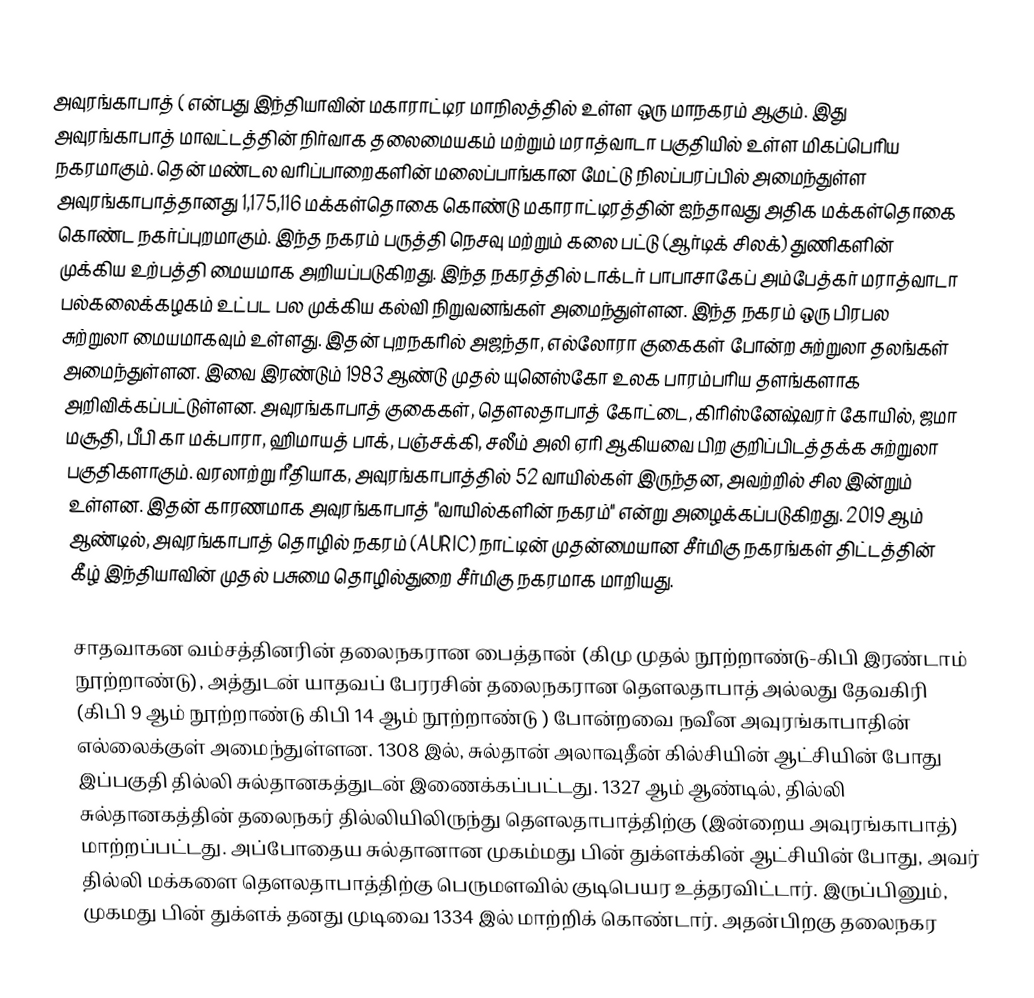
அவுரங்காபாத் (   என்பது இந்தியாவின் மகாராட்டிர மாநிலத்தில் உள்ள ஒரு மாநகரம் ஆகும். இது அவுரங்காபாத் மாவட்டத்தின் நிர்வாக தலைமையகம் மற்றும் மராத்வாடா பகுதியில் உள்ள மிகப்பெரிய நகரமாகும்.  தென் மண்டல வரிப்பாறைகளின் மலைப்பாங்கான மேட்டு நிலப்பரப்பில் அமைந்துள்ள அவுரங்காபாத்தானது 1,175,116 மக்கள்தொகை கொண்டு மகாராட்டிரத்தின் ஐந்தாவது அதிக மக்கள்தொகை கொண்ட நகர்ப்புறமாகும். இந்த நகரம் பருத்தி நெசவு மற்றும் கலை பட்டு (ஆர்டிக் சிலக்) துணிகளின் முக்கிய உற்பத்தி மையமாக அறியப்படுகிறது. இந்த நகரத்தில் டாக்டர் பாபாசாகேப் அம்பேத்கர் மராத்வாடா பல்கலைக்கழகம் உட்பட பல முக்கிய கல்வி நிறுவனங்கள் அமைந்துள்ளன. இந்த நகரம் ஒரு பிரபல சுற்றுலா மையமாகவும் உள்ளது. இதன் புறநகரில் அஜந்தா, எல்லோரா குகைகள் போன்ற சுற்றுலா தலங்கள் அமைந்துள்ளன. இவை இரண்டும் 1983  ஆண்டு முதல் யுனெஸ்கோ உலக பாரம்பரிய தளங்களாக அறிவிக்கப்பட்டுள்ளன. அவுரங்காபாத் குகைகள், தௌலதாபாத் கோட்டை, கிரிஸ்னேஷ்வரர் கோயில், ஜமா மசூதி, பீபி கா மக்பாரா, ஹிமாயத் பாக், பஞ்சக்கி, சலீம் அலி ஏரி ஆகியவை பிற குறிப்பிடத்தக்க சுற்றுலா பகுதிகளாகும். வரலாற்று ரீதியாக, அவுரங்காபாத்தில் 52 வாயில்கள் இருந்தன, அவற்றில் சில இன்றும் உள்ளன. இதன் காரணமாக அவுரங்காபாத் "வாயில்களின் நகரம்" என்று அழைக்கப்படுகிறது. 2019 ஆம் ஆண்டில், அவுரங்காபாத் தொழில் நகரம் (AURIC) நாட்டின் முதன்மையான சீர்மிகு நகரங்கள் திட்டத்தின் கீழ் இந்தியாவின் முதல் பசுமை தொழில்துறை சீர்மிகு  நகரமாக மாறியது.

சாதவாகன வம்சத்தினரின் தலைநகரான பைத்தான் (கிமு முதல் நூற்றாண்டு-கிபி இரண்டாம் நூற்றாண்டு), அத்துடன் யாதவப் பேரரசின் தலைநகரான தௌலதாபாத் அல்லது தேவகிரி (கிபி 9 ஆம் நூற்றாண்டு கிபி 14 ஆம் நூற்றாண்டு ) போன்றவை நவீன அவுரங்காபாதின் எல்லைக்குள் அமைந்துள்ளன. 1308 இல், சுல்தான் அலாவுதீன் கில்சியின் ஆட்சியின் போது இப்பகுதி தில்லி சுல்தானகத்துடன் இணைக்கப்பட்டது. 1327 ஆம் ஆண்டில், தில்லி சுல்தானகத்தின் தலைநகர் தில்லியிலிருந்து தௌலதாபாத்திற்கு (இன்றைய அவுரங்காபாத்) மாற்றப்பட்டது. அப்போதைய சுல்தானான முகம்மது பின் துக்ளக்கின் ஆட்சியின் போது, அவர் தில்லி மக்களை தௌலதாபாத்திற்கு பெருமளவில் குடிபெயர உத்தரவிட்டார். இருப்பினும், முகமது பின் துக்ளக் தனது முடிவை 1334 இல் மாற்றிக் கொண்டார். அதன்பிறகு  தலைநகர